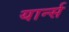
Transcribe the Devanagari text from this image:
यार्न्स